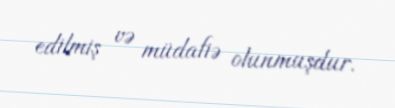
edilmiş və müdafiə olunmuşdur.